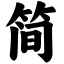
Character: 简